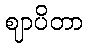
ဈာပိတာ